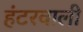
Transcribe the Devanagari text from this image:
हंटरवाली